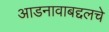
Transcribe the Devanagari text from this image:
आडनावाबद्दलचे